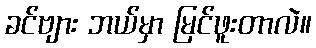
ခင်ဗျား ဘယ်မှာ မြင်ဖူးတာလဲ။